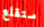
ستقلع